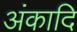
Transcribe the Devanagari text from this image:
अंकादि